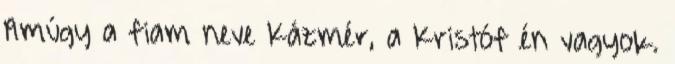
Amúgy a fiam neve Kázmér, a Kristóf én vagyok.